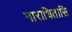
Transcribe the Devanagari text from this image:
नाराधितासि